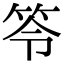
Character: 笭